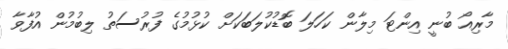
މާރިއޯ ބުނީ އިންޓަ މިލާން ކަހަލަ ބޮޑުކުލަބަކަށް ކުޅުމުގެ ފުރުސަތު ލިބުމުން އުފާވާ